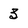
Character: 3